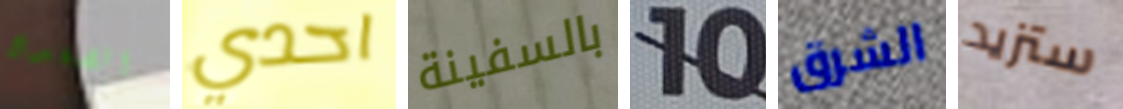
الضفدع احدي بالسفينة 10 الشرق ستزيد